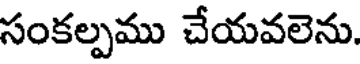
సంకల్పము చేయవలెను.